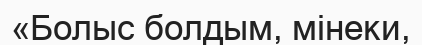
«Болыс болдым, мінеки,